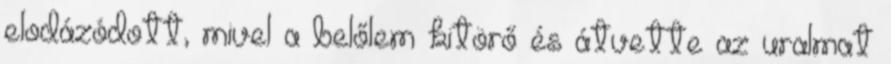
elodázódott, mivel a belőlem kitörő és átvette az uralmat